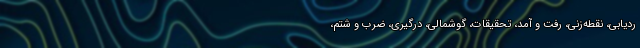
ردیابی، نقطه‌زنی، رفت و آمد، تحقیقات، گوشمالی، درگیری، ضرب و شتم،